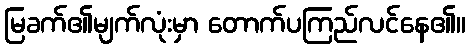
မြခက်၏မျက်လုံးမှာ တောက်ပကြည်လင်နေ၏။